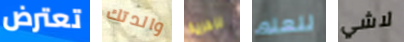
تعترض والدتك للحرية للعلم لاشي